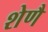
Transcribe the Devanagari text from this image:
शेणै